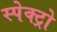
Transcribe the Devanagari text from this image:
स्पेक्ट्रो